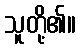
သူတို့၏။